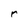
Character: r